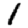
Digit: 1